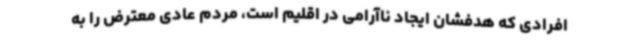
افرادی که هدفشان ایجاد ناآرامی در اقلیم است، مردم عادی معترض را به